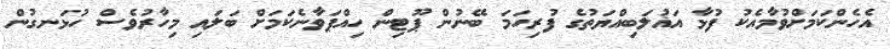
އެހެންކަމަށްވުމާއެކު ފުޅާ އަޣުލަބިއްޔަތުގެ ފުރިހަމަ ބޭނުން ޕޫޓިން ހިއްޕަވާނެކަމަށް ބަލައި މިހާރުވެސް ހުޅަނގުން